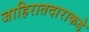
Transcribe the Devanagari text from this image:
जाहिरातदाराकडे